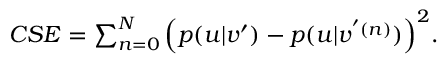
\begin{array} { r } { { C S E } = \sum _ { n = 0 } ^ { N } \Big ( p ( u | v ^ { \prime } ) - p ( u | v ^ { ' ( n ) } ) \Big ) ^ { 2 } . } \end{array}